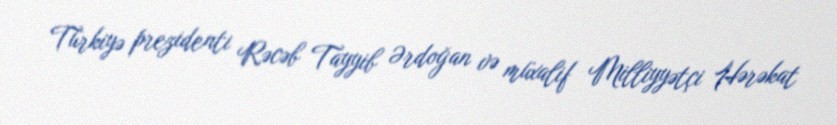
Türkiyə prezidenti Rəcəb Tayyib Ərdoğan və müxalif Milliyyətçi Hərəkat